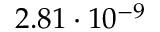
2 . 8 1 \cdot 1 0 ^ { - 9 }